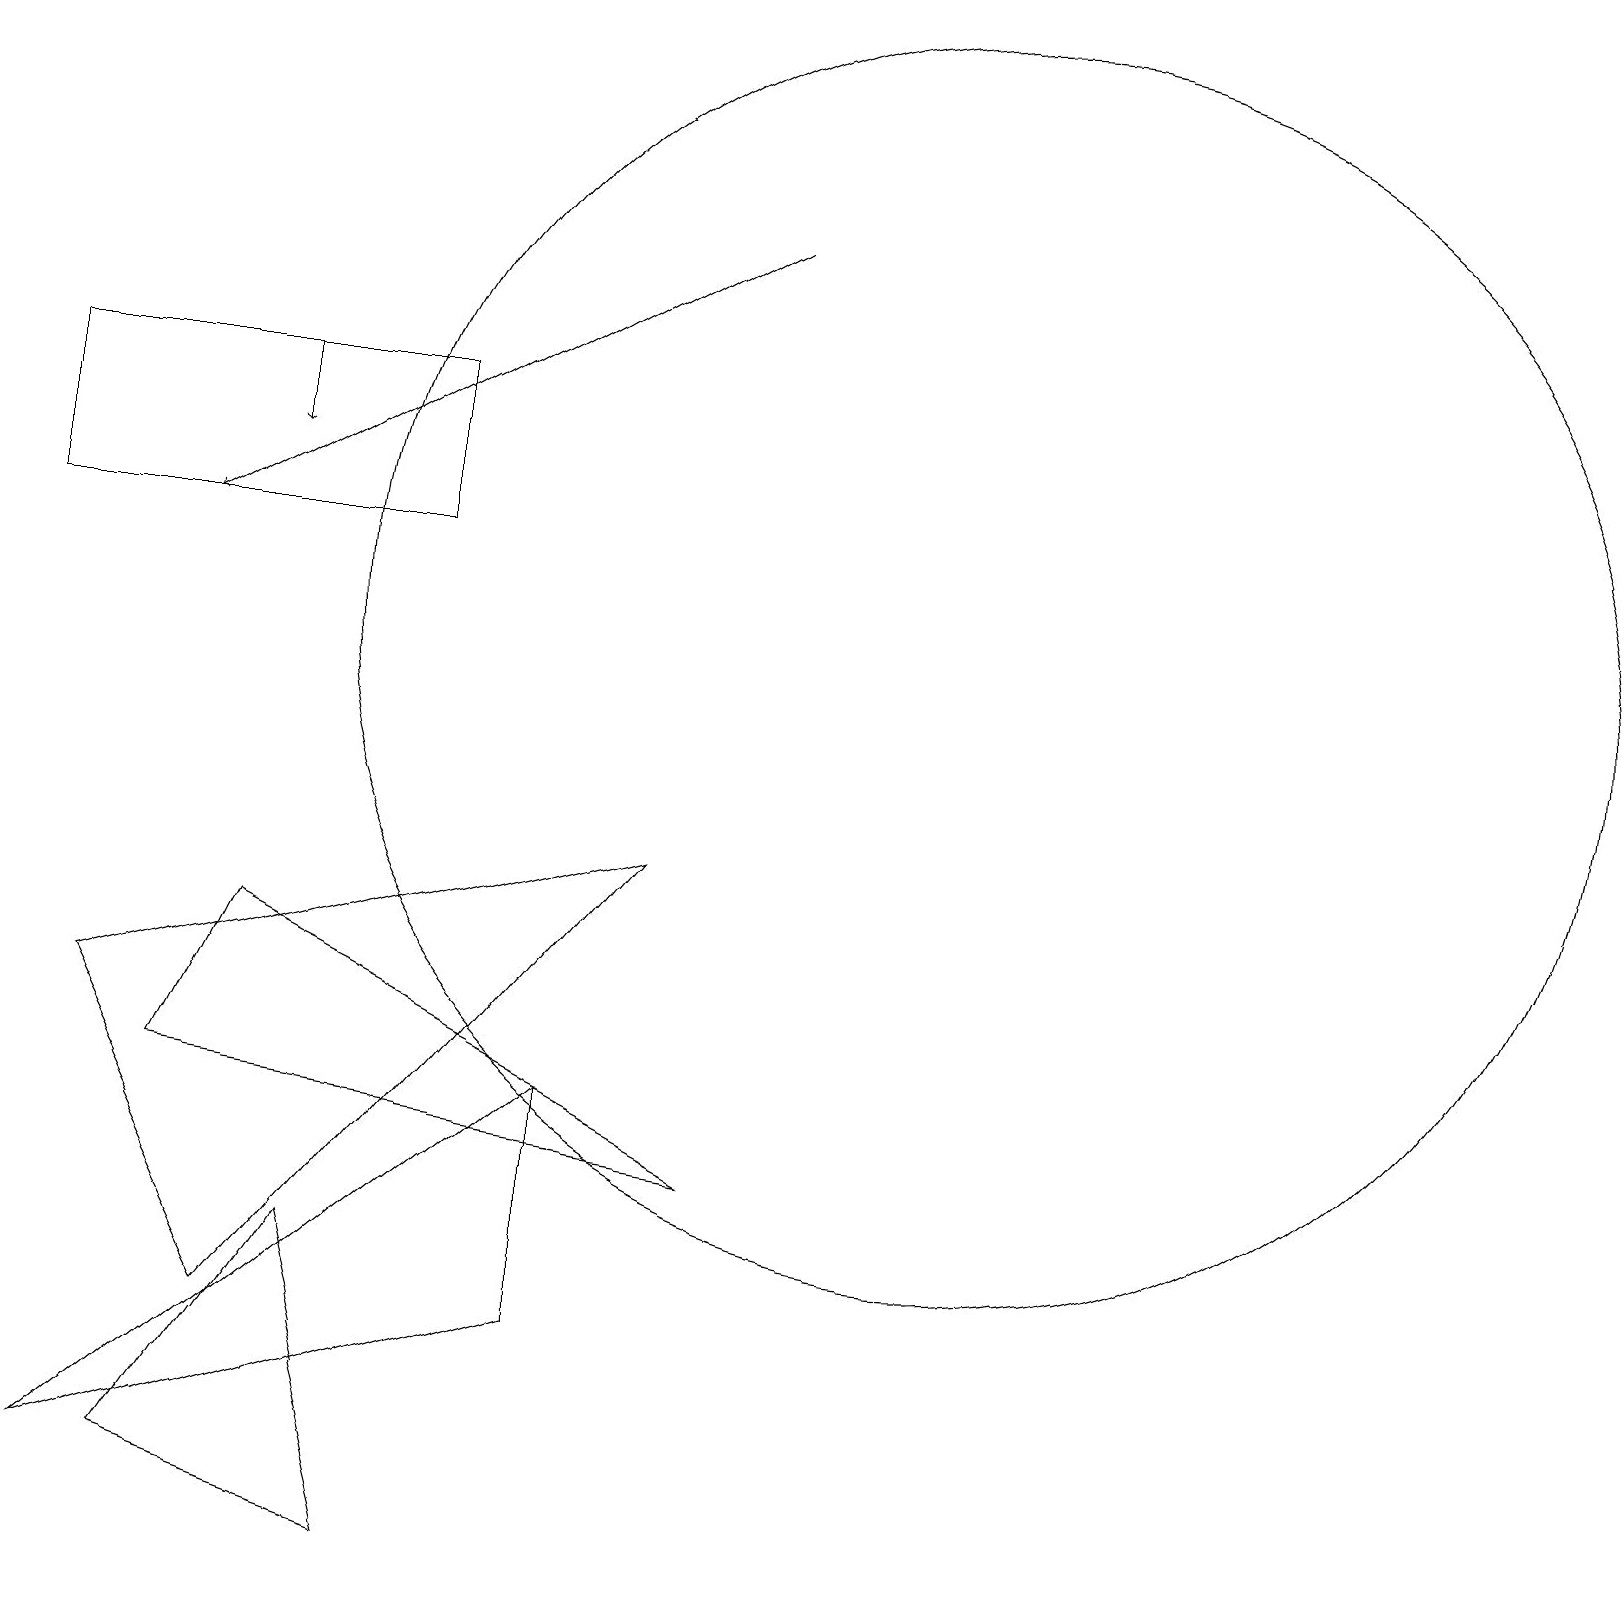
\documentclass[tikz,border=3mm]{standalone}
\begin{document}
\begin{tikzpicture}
\draw (4,4) -- (5,0) -- (2,1) -- cycle;
\draw[->] (9,17) -- (2,13);
\draw (1,7) -- (3,3) -- (8,9) -- cycle;
\draw (12,12) circle (8);
\draw (0,15) rectangle (5,13);
\draw (1,1) -- (7,6) -- (7,3) -- cycle;
\draw (9,5) -- (3,8) -- (2,6) -- cycle;
\draw[->] (3,15) -- (3,14);
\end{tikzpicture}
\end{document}